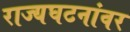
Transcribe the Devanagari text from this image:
राज्यघटनांवर